Indian journal of veterinary science and animal husbandry - Volumes 22-23, 1952-1953
Year: 1952
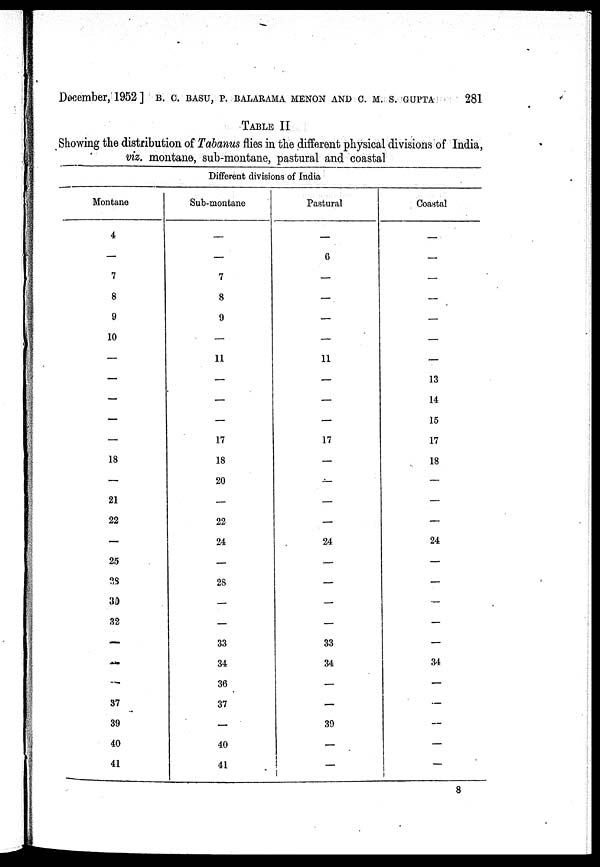
December, 1952] B. C. BASU, P. BALARAMA MENON AND C. M. S. GUPTA 281
TABLE II
Showing the distribution of Tabanus flies in the different physical divisions of India,
viz. montane, sub-montane, pastural and coastal
Different divisions of India
Montane
4
—
7
8
9
10
—
—
—
—
—
18
—
21
22
—
25
38
33
32
—
—
—
37
39
40
41
Sub-montane
—
—
7
8
9
—
11
—
—
—
17
18
20
—
22
24
—
2S
—
—
33
34
36
37
—
40
41
Pastural
—
6
—
—
—
—
11
—
—
—
17
—
—
—
—
24
—
—
—
—
33
34
—
—
39
—
—
Coastal
—
—
—
—
—
—
—
13
14
15
17
18
—
—
—
24
—
—
—
—
—
34
—
—
—
—
—
8